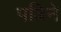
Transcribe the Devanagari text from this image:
पत्निने